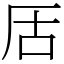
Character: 㕆